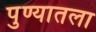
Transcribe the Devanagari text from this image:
पुण्यातला